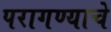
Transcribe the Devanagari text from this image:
परागण्याचे